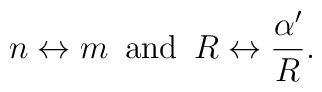
n \leftrightarrow m \,\,\, \mbox{and} \,\,\, R\leftrightarrow\frac{\alpha^\prime}{R}.